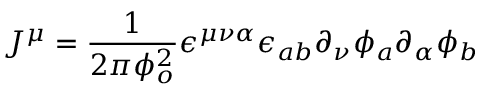
J ^ { \mu } = \frac { 1 } { 2 \pi \phi _ { o } ^ { 2 } } \epsilon ^ { \mu \nu \alpha } \epsilon _ { a b } \partial _ { \nu } \phi _ { a } \partial _ { \alpha } \phi _ { b }